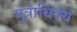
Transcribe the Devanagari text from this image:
मुत्राधिक्य